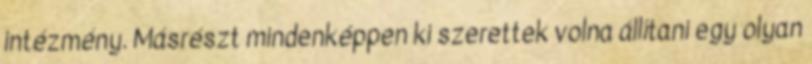
intézmény. Másrészt mindenképpen ki szerettek volna állítani egy olyan